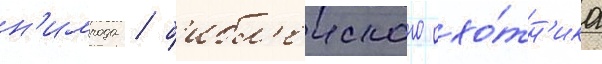
н'имрода / б'ибл'еиского охо́тн'ика